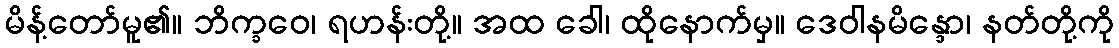
မိန့်တော်မူ၏။ ဘိက္ခဝေ၊ ရဟန်းတို့။ အထ ခေါ၊ ထိုနောက်မှ။ ဒေဝါနမိန္ဒော၊ နတ်တို့ကို